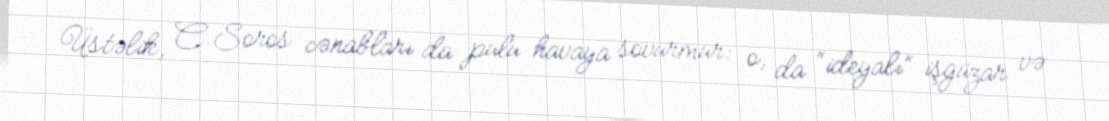
Üstəlik, C.Soros cənabları da pulu havaya sovurmur: o, da “ideyalı” işgüzar və